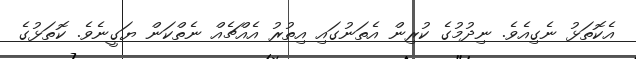
އެކޮތަޅު ނެގިއެވެ. ނިދުމުގެ ކުރިން އެތަނުގައި އިތުރު އެއްޗެއް ނެތްކަން ޔަގީނެވެ. ކޮތަޅުގެ